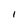
Character: I